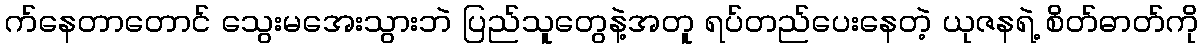
က်နေတာတောင် သွေးမအေးသွားဘဲ ပြည်သူတွေနဲ့အတူ ရပ်တည်ပေးနေတဲ့ ယုဇနရဲ့ စိတ်ဓာတ်ကို